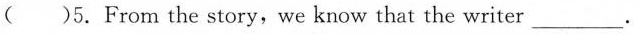
()5.From the story, we know that the writer ___。